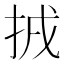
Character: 𢬮